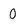
Character: 0